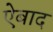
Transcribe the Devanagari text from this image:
ऐबाद